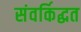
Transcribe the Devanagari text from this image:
संवर्किद्धत